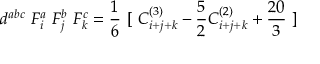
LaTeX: d ^ { a b c } ~ F _ { i } ^ { a } ~ F _ { j } ^ { b } ~ F _ { k } ^ { c } = \frac { 1 } { 6 } ~ [ ~ C _ { i + j + k } ^ { ( 3 ) } - \frac { 5 } { 2 } C _ { i + j + k } ^ { ( 2 ) } + \frac { 2 0 } { 3 } ~ ]